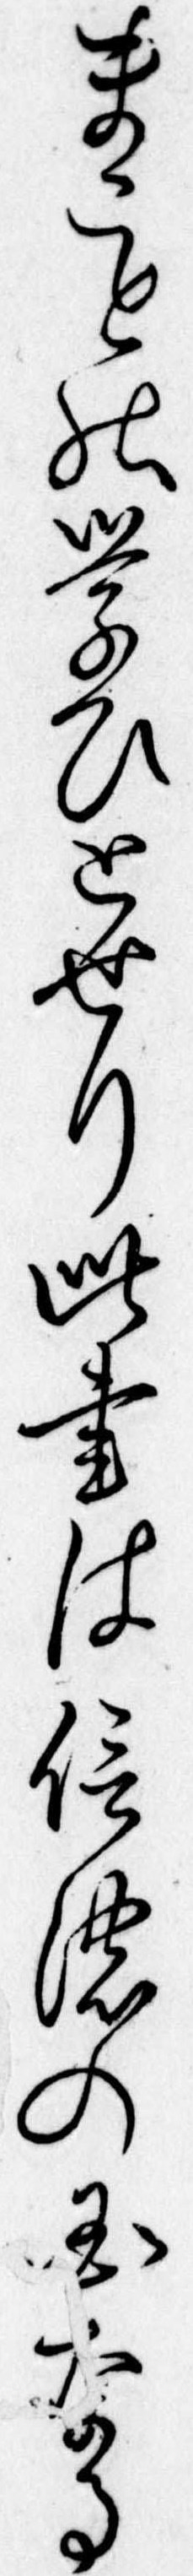
まことの学ひとせり此書は信濃の国なる